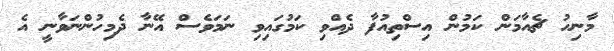
މާނިހު ޗެއާމަން ކަމުން އިސްތިއުފާ ދެއްވި ކަމުގައިވި ނަމަވެސް އޭނާ ދެމިހުންނަވާނީ އެ